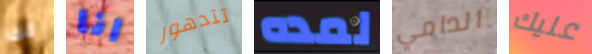
لك انا تتدهور لمده الدامي عليك